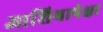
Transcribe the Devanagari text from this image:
आशियापेक्षा